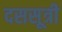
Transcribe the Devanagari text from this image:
दससूत्री